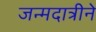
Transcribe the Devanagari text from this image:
जन्मदात्रीने